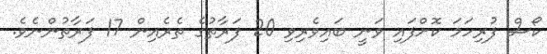
ކޯސް ފުރިހަމަ ކޮށްފައި ވަނީ ބައިވެރިވި 20 ފަރާތުގެ ތެރެއިން 17 ފަރާތުންނެވެ.